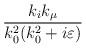
LaTeX: \begin{align*}\frac{k_{i}k_{\mu }}{k_{0}^{2}(k_{0}^{2}+i\varepsilon )}\end{align*}